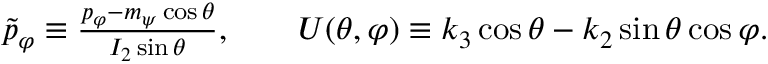
\begin{array} { r } { \tilde { p } _ { \varphi } \equiv \frac { p _ { \varphi } - m _ { \psi } \cos \theta } { I _ { 2 } \sin \theta } , \qquad U ( \theta , \varphi ) \equiv k _ { 3 } \cos \theta - k _ { 2 } \sin \theta \cos \varphi . } \end{array}